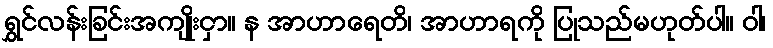
ရွှင်လန်းခြင်းအကျိုးငှာ။ န အာဟာရေတိ၊ အာဟာရကို ပြုသည်မဟုတ်ပါ။ ဝါ၊